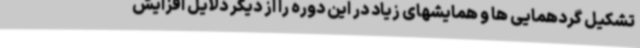
تشکیل گردهمایی ها و همایشهای زیاد در این دوره را از دیگر دلایل افزایش